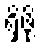
ရှိဖို့